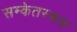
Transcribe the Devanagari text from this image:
सम्केतस्थळ